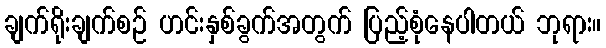
ချက်ရိုးချက်စဉ် ဟင်းနှစ်ခွက်အတွက် ပြည့်စုံနေပါတယ် ဘုရား။